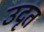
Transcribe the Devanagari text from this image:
उदृत